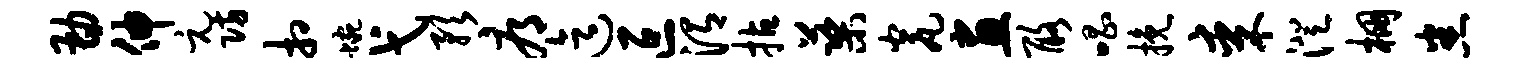
勘伸元防相蜿弋预辱迄叵渭拈蕖瓮画酪唱挽某澄棚悉